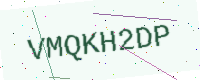
Text: VMQKH2DP